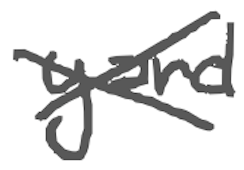
Text: yard
Cross-out: cross
Writing tool: digital_gray